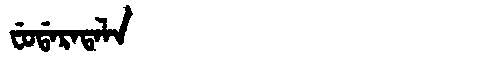
Manchu: ᠸᡠᡩᠠᡵᠠᡨᠠᠯᠠ
Romanization: FUDARATALA